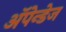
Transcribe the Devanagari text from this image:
अॅपेन्डेज